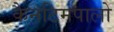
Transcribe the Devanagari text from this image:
कैनटिमपालो